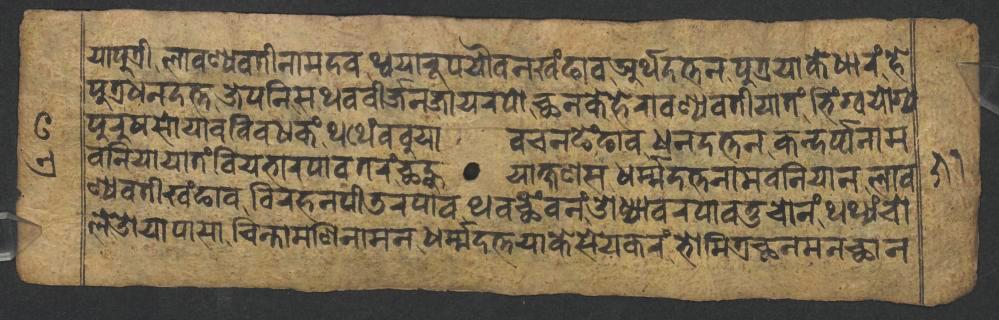
𑐫𑐵𑐥𑐸𑐟𑑂𑐬𑐷𑐮𑐵𑐰𑐞𑑂𑐫𑐰𑐟𑐷𑐣𑐵𑐩𑐡𑐰𑐠𑑂𑐰𑐫𑐵𑐬𑐹𑐥𑐫𑑁𑐰𑐣𑐏𑑄𑐒𑐵𑐰𑐀𑐬𑑂𑐠𑐡𑐟𑑂𑐟𑐣𑐥𑐸𑐟𑑂𑐬𑐫𑐵𑐎𑐾𑐢𑐵𑐬𑑄𑐴𑐾 𑐥𑐸𑐟𑑂𑐬𑐢𑐣𑐡𑐟𑑂𑐟𑐖𑐾𑐥𑐣𑐶𑐳𑐠𑐰𑐧𑐷𑐬𑑂𑐖𑐣𑐖𑐵𑐫𑐬𑐥𑑀𑐕𑐣𑐎𑐾𑐴𑐾𑐬𑐵𑐰𑐞𑑂𑐫𑐰𑐟𑐷𑐫𑐵𑐟𑑄𑐨𑐶𑑄𑐐𑑂𑐰𑐫𑑀𑐐𑑂𑐫 𑐥𑐸𑐬𑐸𑐲𑐳𑑀𑐫𑐵𑐰𑐧𑐶𑐰𑐢𑐎𑑄𑐠𑐠𑐾𑑄𑐧𑐧𑐸𑐫𑐵𑐰𑐔𑐣𑐒𑐾𑑄𑐒𑐵𑐰𑐢𑐣𑐡𑐟𑑂𑐟𑐣𑐎𑐣𑑂𑐡𑐬𑑂𑐥𑑂𑐥𑐣𑐵𑐩 𑐧𑐣𑐶𑐫𑐵𑐫𑐵𑐟𑑄𑐧𑐶𑐫𑐨𑐵𑐬𑐥𑐵𑐰𑐟𑐬𑑄𑐕𑐣𑑂𑐴𑐸𑐫𑐵𑐎𑑂𑐲𑐞𑐳𑐢𑐬𑑂𑐩𑑂𑐩𑐡𑐟𑑂𑐟𑐣𑐵𑐩𑐧𑐣𑐶𑐫𑐵𑐣𑐮𑐵𑐰 𑐞𑑂𑐫𑐰𑐟𑐷𑐏𑑄𑐒𑐵𑐰𑐰𑐶𑐬𑐴𑐣𑐥𑐷𑐜𑐬𑐥𑐵𑐰𑐠𑐰𑐕𑐾𑑄𑐰𑐣𑑄𑐌𑐢𑑂𑐫𑐵𑐰𑐬𑐥𑐵𑐰𑐟𑐸𑐔𑑀𑐣𑑄𑐠𑐠𑑂𑐫𑑄𑐔𑑀 𑐮𑐾𑐌𑐫𑐵𑐥𑐵𑐳𑐵𑐔𑐶𑐣𑑂𑐟𑐵𑐩𑐞𑐶𑐣𑐵𑐩𑐣𑐢𑐬𑑂𑐩𑑂𑐩𑐡𑐟𑑂𑐟𑐫𑐵𑐎𑐾𑐳𑐾𑐫𑐎𑐬𑑄𑐨𑑀𑐩𑐶𑐟𑑂𑐬𑐕𑐣𑐩𑐣𑐕𑐵𑐣